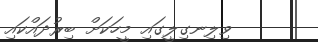
ވިލިނގިލީގައި މީހަކަށް ބިރުދައްކައި